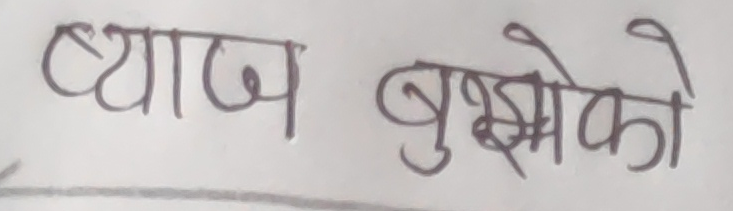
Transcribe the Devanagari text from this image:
ब्याज बुझेको